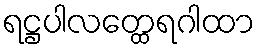
ရဋ္ဌပါလတ္ထေရဂါထာ